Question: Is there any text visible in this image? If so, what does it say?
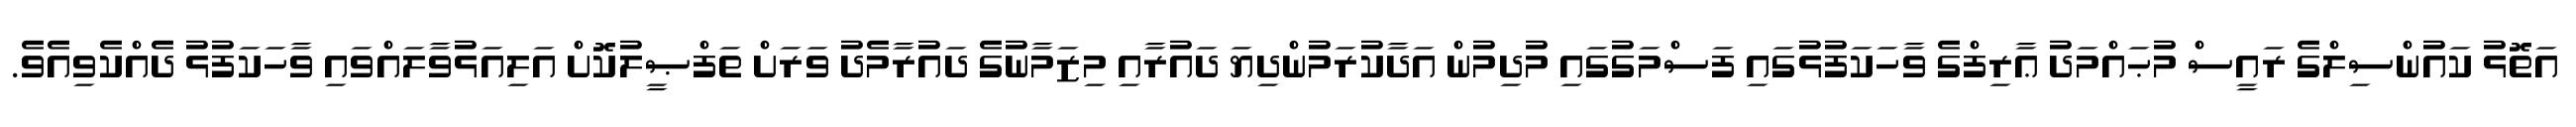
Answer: އަތޮޅު ކައުންސިލްގެ ރައީސް މުޙައްމަދު ޢާރިފްގެ ވާހަކަފުޅުގައި ފަސްމަގުގައި މުދިމުން އަދާކުރަމުންދިޔަ ދައުރާއި މިޒަމާނުގެ ދައުރާމެދު ވަރަށް ތަފްޞީލުކޮށް އަލިއަޅުވާލައްވައި ވާހަކަފުޅު ދެއްކެވިއެވެ.